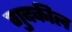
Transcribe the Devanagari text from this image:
गुदकील